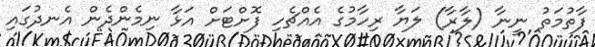
ފާތުމަތު ނީނާ (ލާރާ) ލަޔާ ރިހާމުގެ އެއްޗެހި ފޮށްޓަށް އަޅާ ނިމެންދެން އެނދުގައި